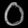
Digit: ၀